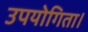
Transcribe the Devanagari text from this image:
उपयोगिता।